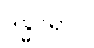
ဒန္ဓဝိရာဂိ